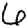
Digit: 6